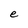
Character: e